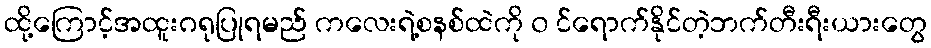
ထို့ကြောင့်အထူးဂရုပြုရမည် ကလေးရဲ့စနစ်ထဲကို ၀ င်ရောက်နိုင်တဲ့ဘက်တီးရီးယားတွေ